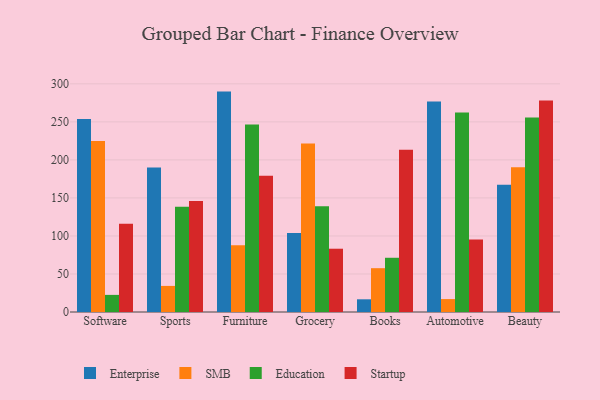
{"axis": {"x": "Category", "y": "Active Users"}, "legend": ["Education", "Enterprise", "SMB", "Startup"], "data": [{"x": "Software", "y": 253.8, "type": "Enterprise"}, {"x": "Software", "y": 225.0, "type": "SMB"}, {"x": "Software", "y": 22.5, "type": "Education"}, {"x": "Software", "y": 115.9, "type": "Startup"}, {"x": "Sports", "y": 190.1, "type": "Enterprise"}, {"x": "Sports", "y": 34.3, "type": "SMB"}, {"x": "Sports", "y": 138.3, "type": "Education"}, {"x": "Sports", "y": 145.9, "type": "Startup"}, {"x": "Furniture", "y": 289.8, "type": "Enterprise"}, {"x": "Furniture", "y": 87.9, "type": "SMB"}, {"x": "Furniture", "y": 246.6, "type": "Education"}, {"x": "Furniture", "y": 179.0, "type": "Startup"}, {"x": "Grocery", "y": 104.0, "type": "Enterprise"}, {"x": "Grocery", "y": 221.5, "type": "SMB"}, {"x": "Grocery", "y": 139.2, "type": "Education"}, {"x": "Grocery", "y": 83.2, "type": "Startup"}, {"x": "Books", "y": 16.7, "type": "Enterprise"}, {"x": "Books", "y": 57.6, "type": "SMB"}, {"x": "Books", "y": 71.3, "type": "Education"}, {"x": "Books", "y": 213.4, "type": "Startup"}, {"x": "Automotive", "y": 276.8, "type": "Enterprise"}, {"x": "Automotive", "y": 17.0, "type": "SMB"}, {"x": "Automotive", "y": 262.3, "type": "Education"}, {"x": "Automotive", "y": 95.3, "type": "Startup"}, {"x": "Beauty", "y": 167.2, "type": "Enterprise"}, {"x": "Beauty", "y": 190.4, "type": "SMB"}, {"x": "Beauty", "y": 255.6, "type": "Education"}, {"x": "Beauty", "y": 278.2, "type": "Startup"}]}